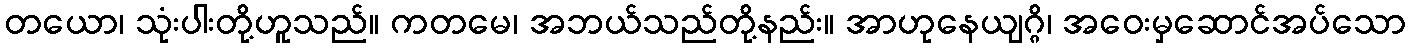
တယော၊ သုံးပါးတို့ဟူသည်။ ကတမေ၊ အဘယ်သည်တို့နည်း။ အာဟုနေယျဂ္ဂိ၊ အဝေးမှဆောင်အပ်သော